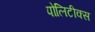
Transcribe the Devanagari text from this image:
पोलिटीक्स